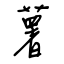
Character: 薯